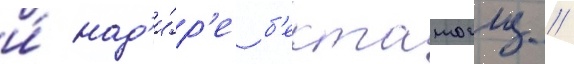
и́ над'и́р'е б'екташоглу //